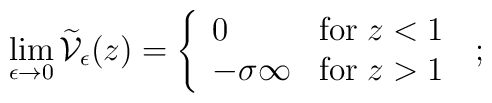
\lim_{\epsilon \rightarrow 0}\widetilde{\mathcal V}_{\epsilon} (z)=\left\{ \begin{array}{ll}0&{\rm for} \; z<1\\- \sigma \infty&{\rm for} \; z>1\end{array} \right.\;  ;